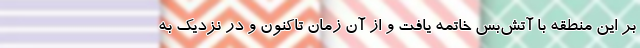
بر این منطقه با آتش‌بس خاتمه یافت و از آن زمان تاکنون و در نزدیک به